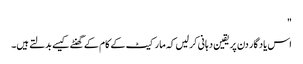
"
اس یاد گار دن پر یقین دہانی کر لیں کہ مارکیٹ کے کام کے گھنٹے کیسے بدلتے ہیں۔